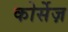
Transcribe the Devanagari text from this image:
कोर्सेज़